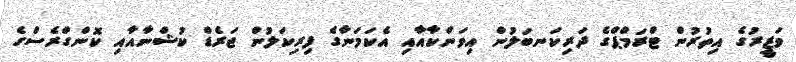
ވަޒީރުގެ އިތުރުން ޓްރަމްޕްގެ ދަރިކަނބަލުން އިވަންކާއާއި އެކަމަނާގެ ފިރިކަލުން ޖަރެޑް ކުޝްނާއާއި ކޮންގްރެސްގެ